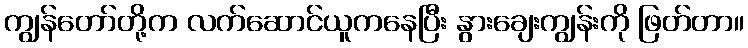
ကျွန်တော်တို့က လက်ဆောင်ယူကနေပြီး နွားချေးကျွန်းကို ဖြတ်တာ။